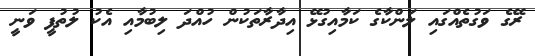
ރޭގެ ވަގުތެއްގައި ލަންކާގެ ކަމާއިގުޅޭ އިދާރާތަކުން ހުއްދަ ލިބުމާއި އެކު ލުތުފީ ވަނީ